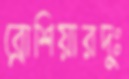
ব্রোশিয়ারদুঃ